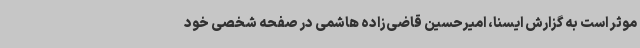
موثر است به گزارش ایسنا، امیرحسین قاضی‌زاده هاشمی در صفحه شخصی خود